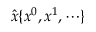
{ \hat { x } } \{ x ^ { 0 } , x ^ { 1 } , \cdots \}